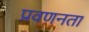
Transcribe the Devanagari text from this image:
प्रवणनता